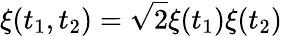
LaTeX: \xi(t_{1},t_{2})=\sqrt{2}\xi(t_{1})\xi(t_{2})